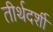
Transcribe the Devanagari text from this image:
तीर्थदर्शी